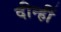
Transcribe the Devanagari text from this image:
दीन्‍हीं